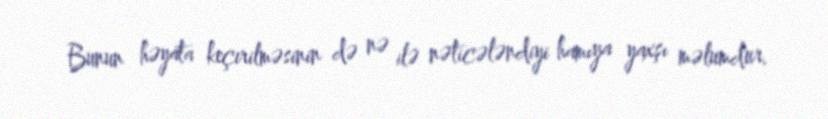
Bunun həyata keçirilməsinin də nə ilə nəticələndiyi hamıya yaxşı məlumdur.